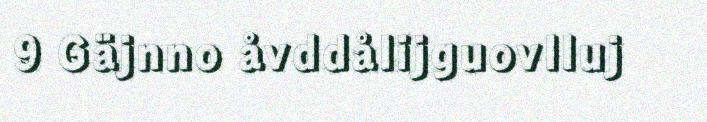
9 Gäjnno åvddålijguovlluj